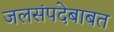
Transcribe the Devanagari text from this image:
जलसंपदेबाबत